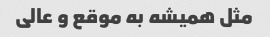
مثل همیشه به موقع و عالی